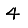
Digit: 4